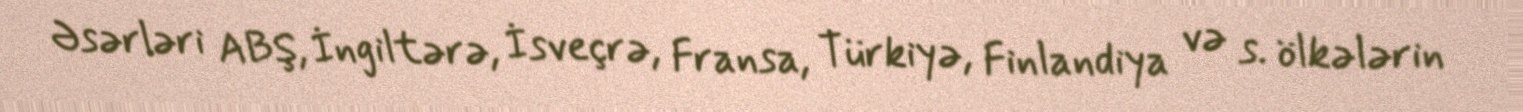
Əsərləri ABŞ, İngiltərə, İsveçrə, Fransa, Türkiyə, Finlandiya və s. ölkələrin